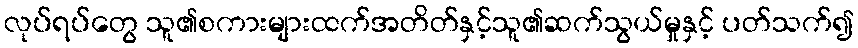
လုပ်ရပ်တွေ သူ၏စကားများထက်အတိတ်နှင့်သူ၏ဆက်သွယ်မှုနှင့် ပတ်သက်၍